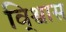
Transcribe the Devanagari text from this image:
वि्श्वास